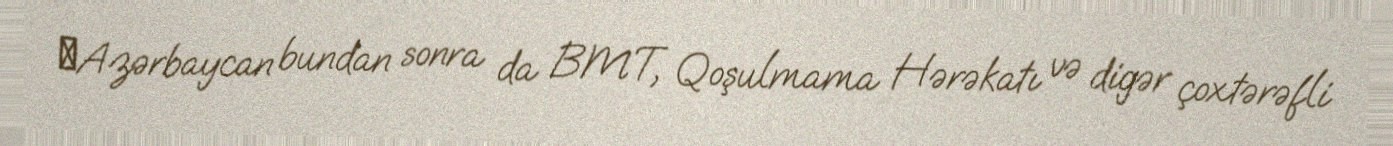
​Azərbaycan bundan sonra da BMT, Qoşulmama Hərəkatı və digər çoxtərəfli